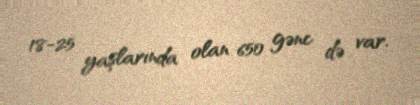
18-25 yaşlarında olan 650 gənc də var.